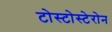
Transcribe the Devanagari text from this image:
टोस्टोस्टेरोन